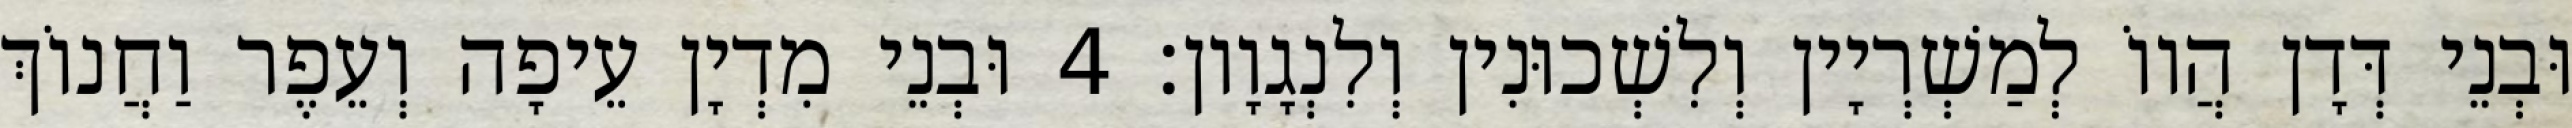
וּבְנֵי דְּדָן הֲווֹ לְמַשְׁרְיָין וְלִשְׁכוּנִין וְלִנְגָוָון׃ 4 וּבְנֵי מִדְיָן עֵיפָה וְעֵפֶר וַחֲנוֹךְ